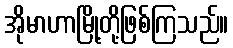
အိုမာဟာမြို့တို့ဖြစ်ကြသည်။